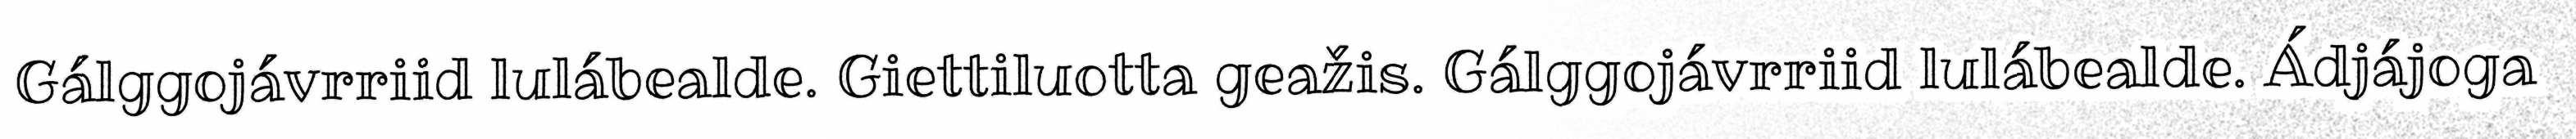
Gálggojávrriid lulábealde. Giettiluotta geažis. Gálggojávrriid lulábealde. Ádjájoga